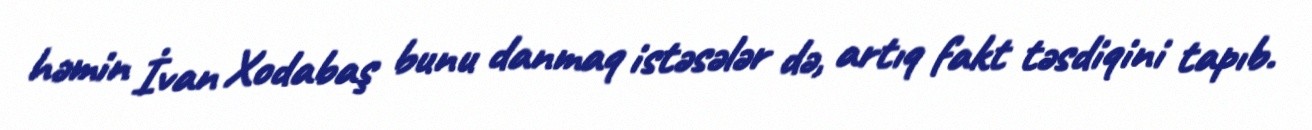
həmin İvan Xodabaş bunu danmaq istəsələr də, artıq fakt təsdiqini tapıb.